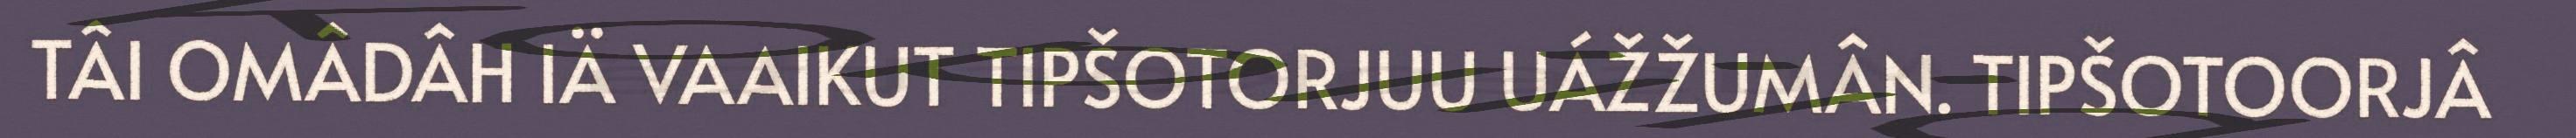
TÂI OMÂDÂH IÄ VAAIKUT TIPŠOTORJUU UÁŽŽUMÂN. TIPŠOTOORJÂ